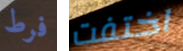
فرط اختفت